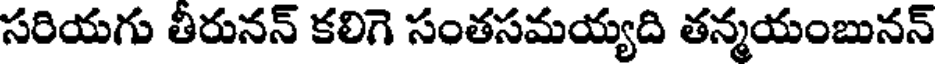
సరియగు తీరునన్ కలిగె సంతసమయ్యది తన్మయంబునన్